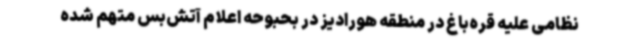
نظامی علیه قره‌باغ در منطقه هورادیز در بحبوحه اعلام آتش‌بس متهم شده